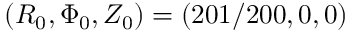
( R _ { 0 } , \Phi _ { 0 } , Z _ { 0 } ) = ( 2 0 1 / 2 0 0 , 0 , 0 )